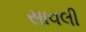
સાવલી